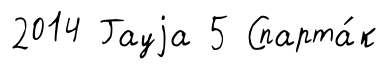
2014 Гауjа 5 Спарта́к